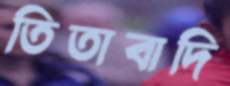
তিতাবাদি